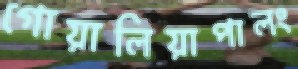
গোয়ালিয়াপালং